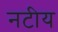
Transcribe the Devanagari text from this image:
नटीय